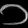
Digit: ၁